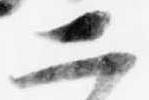
二